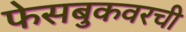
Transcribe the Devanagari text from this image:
फेसबुकवरची